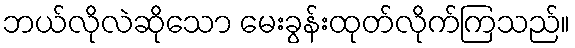
ဘယ်လိုလဲဆိုသော မေးခွန်းထုတ်လိုက်ကြသည်။